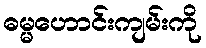
ဓမ္မဟောင်းကျမ်းကို